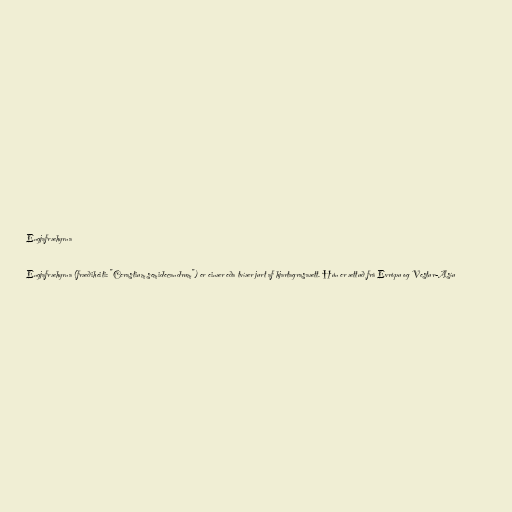
Engjafræhyrna

Engjafræhyrna (fræðiheiti: "Cerastium semidecandrum") er einær eða tvíær jurt af hjartagrasaætt. Hún er ættuð frá Evrópu og Vestur-Asíu